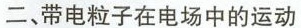
二、带电粒子在电场中的运动